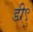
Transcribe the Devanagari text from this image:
डी९